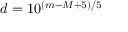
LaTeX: d = 1 0 ^ { ( m - M + 5 ) / 5 }